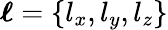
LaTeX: \boldsymbol{\ell}=\left\{ l_{x},l_{y},l_{z}\right\}